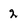
Character: 2